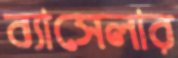
ব্যাসেলার